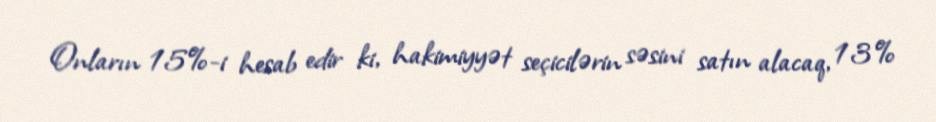
Onların 15%-i hesab edir ki, hakimiyyət seçicilərin səsini satın alacaq, 13%